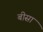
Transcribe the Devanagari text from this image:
बीसा